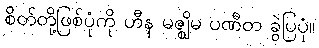
စိတ်တို့ဖြစ်ပုံကို ဟီန မဇ္ဈိမ ပဏီတ ခွဲပြပုံ။